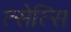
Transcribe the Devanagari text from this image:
त्सेत्सि